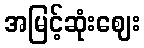
အမြင့်ဆုံးဈေး